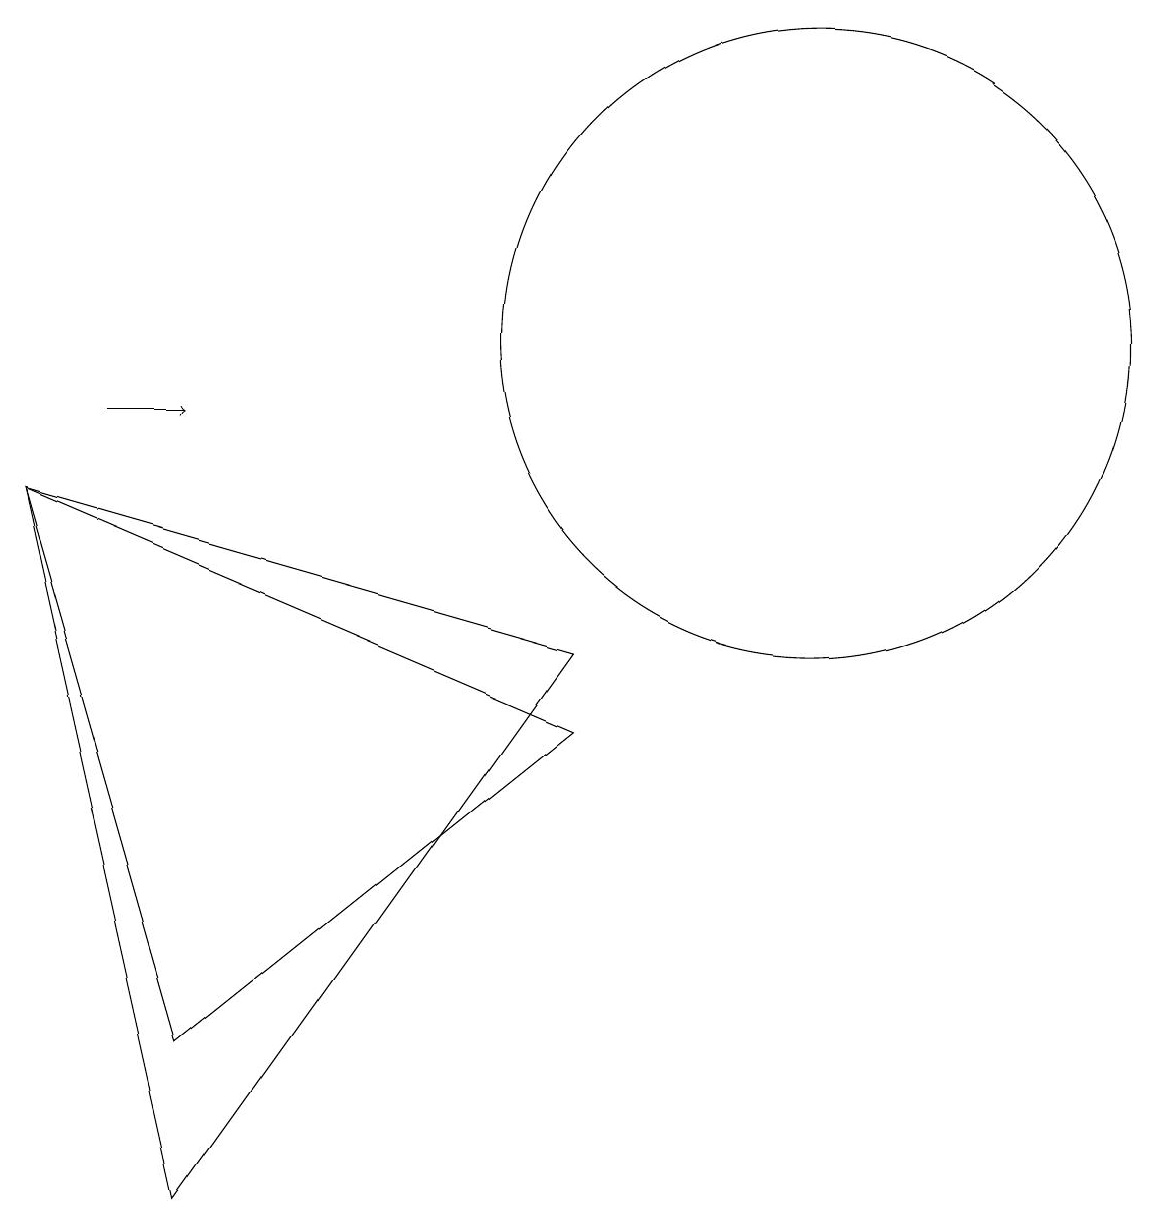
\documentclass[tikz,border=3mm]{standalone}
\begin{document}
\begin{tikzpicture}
\draw (8,6) -- (1,9) -- (3,2) -- cycle;
\draw[->] (2,10) -- (3,10);
\draw (8,7) -- (1,9) -- (3,0) -- cycle;
\draw (11,11) circle (4);
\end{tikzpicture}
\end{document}